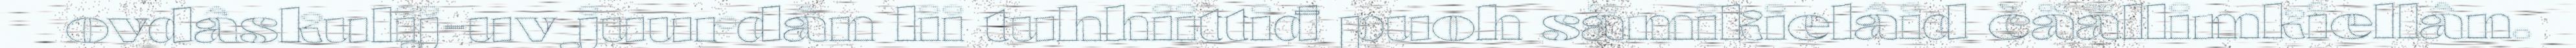
ovdâskulij-uv juurdân lii tuhhiittiđ puoh sämikielâid čäällimkiellân.